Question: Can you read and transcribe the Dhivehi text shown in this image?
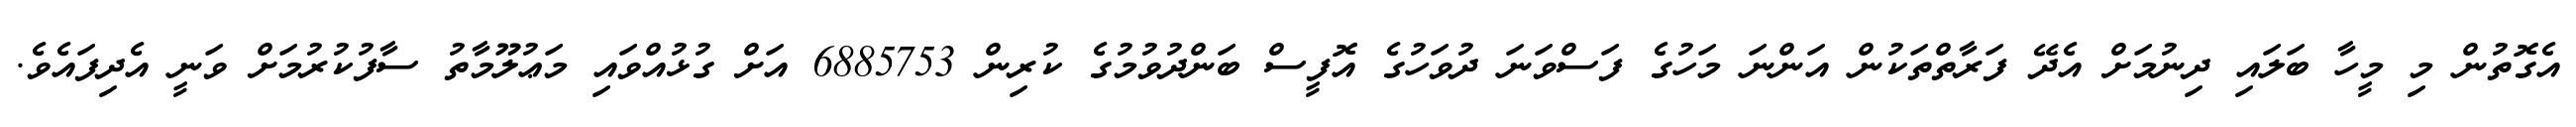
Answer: އެގޮތުން މި މީހާ ބަލައި ދިނުމަށް އެދޭ ފަރާތްތަކުން އަންނަ މަހުގެ ފަސްވަނަ ދުވަހުގެ އޮފީސް ބަންދުވުމުގެ ކުރިން 6885753 އަށް ގުޅުއްވައި މަޢުލޫމާތު ސާފުކުރުމަށް ވަނީ އެދިފައެވެ.